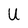
Character: U